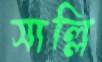
সাল্লি